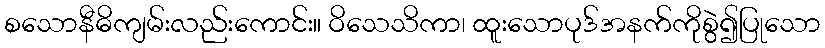
စသောနီဓိကျမ်းလည်းကောင်း။ ဝိသေသိကာ၊ ထူးသောပုဒ်အနက်ကိုစွဲ၍ပြုသော